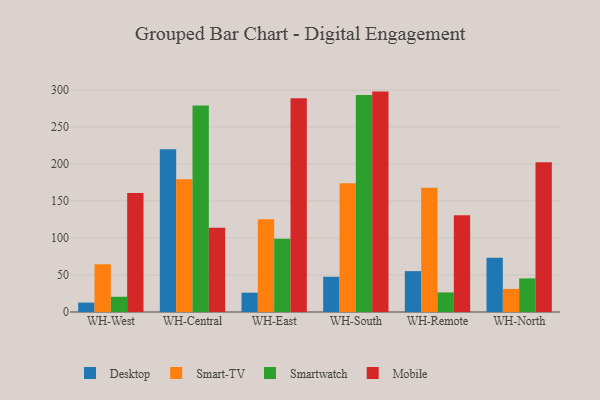
{"axis": {"x": "Warehouse", "y": "Operating Costs (USD K)"}, "legend": ["Desktop", "Mobile", "Smart-TV", "Smartwatch"], "data": [{"x": "WH-West", "y": 12.7, "type": "Desktop"}, {"x": "WH-West", "y": 64.5, "type": "Smart-TV"}, {"x": "WH-West", "y": 20.6, "type": "Smartwatch"}, {"x": "WH-West", "y": 160.8, "type": "Mobile"}, {"x": "WH-Central", "y": 219.8, "type": "Desktop"}, {"x": "WH-Central", "y": 179.5, "type": "Smart-TV"}, {"x": "WH-Central", "y": 278.9, "type": "Smartwatch"}, {"x": "WH-Central", "y": 113.7, "type": "Mobile"}, {"x": "WH-East", "y": 26.1, "type": "Desktop"}, {"x": "WH-East", "y": 125.3, "type": "Smart-TV"}, {"x": "WH-East", "y": 99.0, "type": "Smartwatch"}, {"x": "WH-East", "y": 288.7, "type": "Mobile"}, {"x": "WH-South", "y": 47.6, "type": "Desktop"}, {"x": "WH-South", "y": 174.1, "type": "Smart-TV"}, {"x": "WH-South", "y": 293.1, "type": "Smartwatch"}, {"x": "WH-South", "y": 297.8, "type": "Mobile"}, {"x": "WH-Remote", "y": 55.2, "type": "Desktop"}, {"x": "WH-Remote", "y": 168.0, "type": "Smart-TV"}, {"x": "WH-Remote", "y": 26.5, "type": "Smartwatch"}, {"x": "WH-Remote", "y": 130.7, "type": "Mobile"}, {"x": "WH-North", "y": 73.4, "type": "Desktop"}, {"x": "WH-North", "y": 31.2, "type": "Smart-TV"}, {"x": "WH-North", "y": 45.4, "type": "Smartwatch"}, {"x": "WH-North", "y": 202.5, "type": "Mobile"}]}